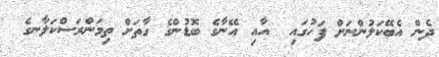
ދެން އެބޭކަލުންނަށް ފަހުގައި  އާއި އޭނާގެ ބޮޑުންގެ ގާތަށް ތިމަންރަސްކަލާނގެ